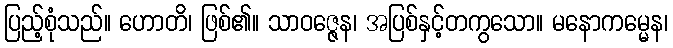
ပြည့်စုံသည်။ ဟောတိ၊ ဖြစ်၏။ သာဝဇ္ဇေန၊ အပြစ်နှင့်တကွသော။ မနောကမ္မေန၊